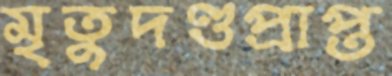
মৃতুদণ্ডপ্রাপ্ত